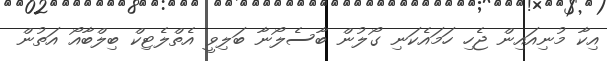
އިކާ މުނިއައިން ޖެހި ހަމައެކަނި ގޯލުން ބާސެލޯނާ ބަލިވީ އެތްލެޓިކް ބިލްބާއޯ އަތުން